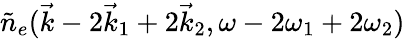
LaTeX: \tilde{n}_{e}(\vec{k}-2\vec{k}_{1}+2\vec{k}_{2},\omega-2\omega_{1}+2\omega_{2})